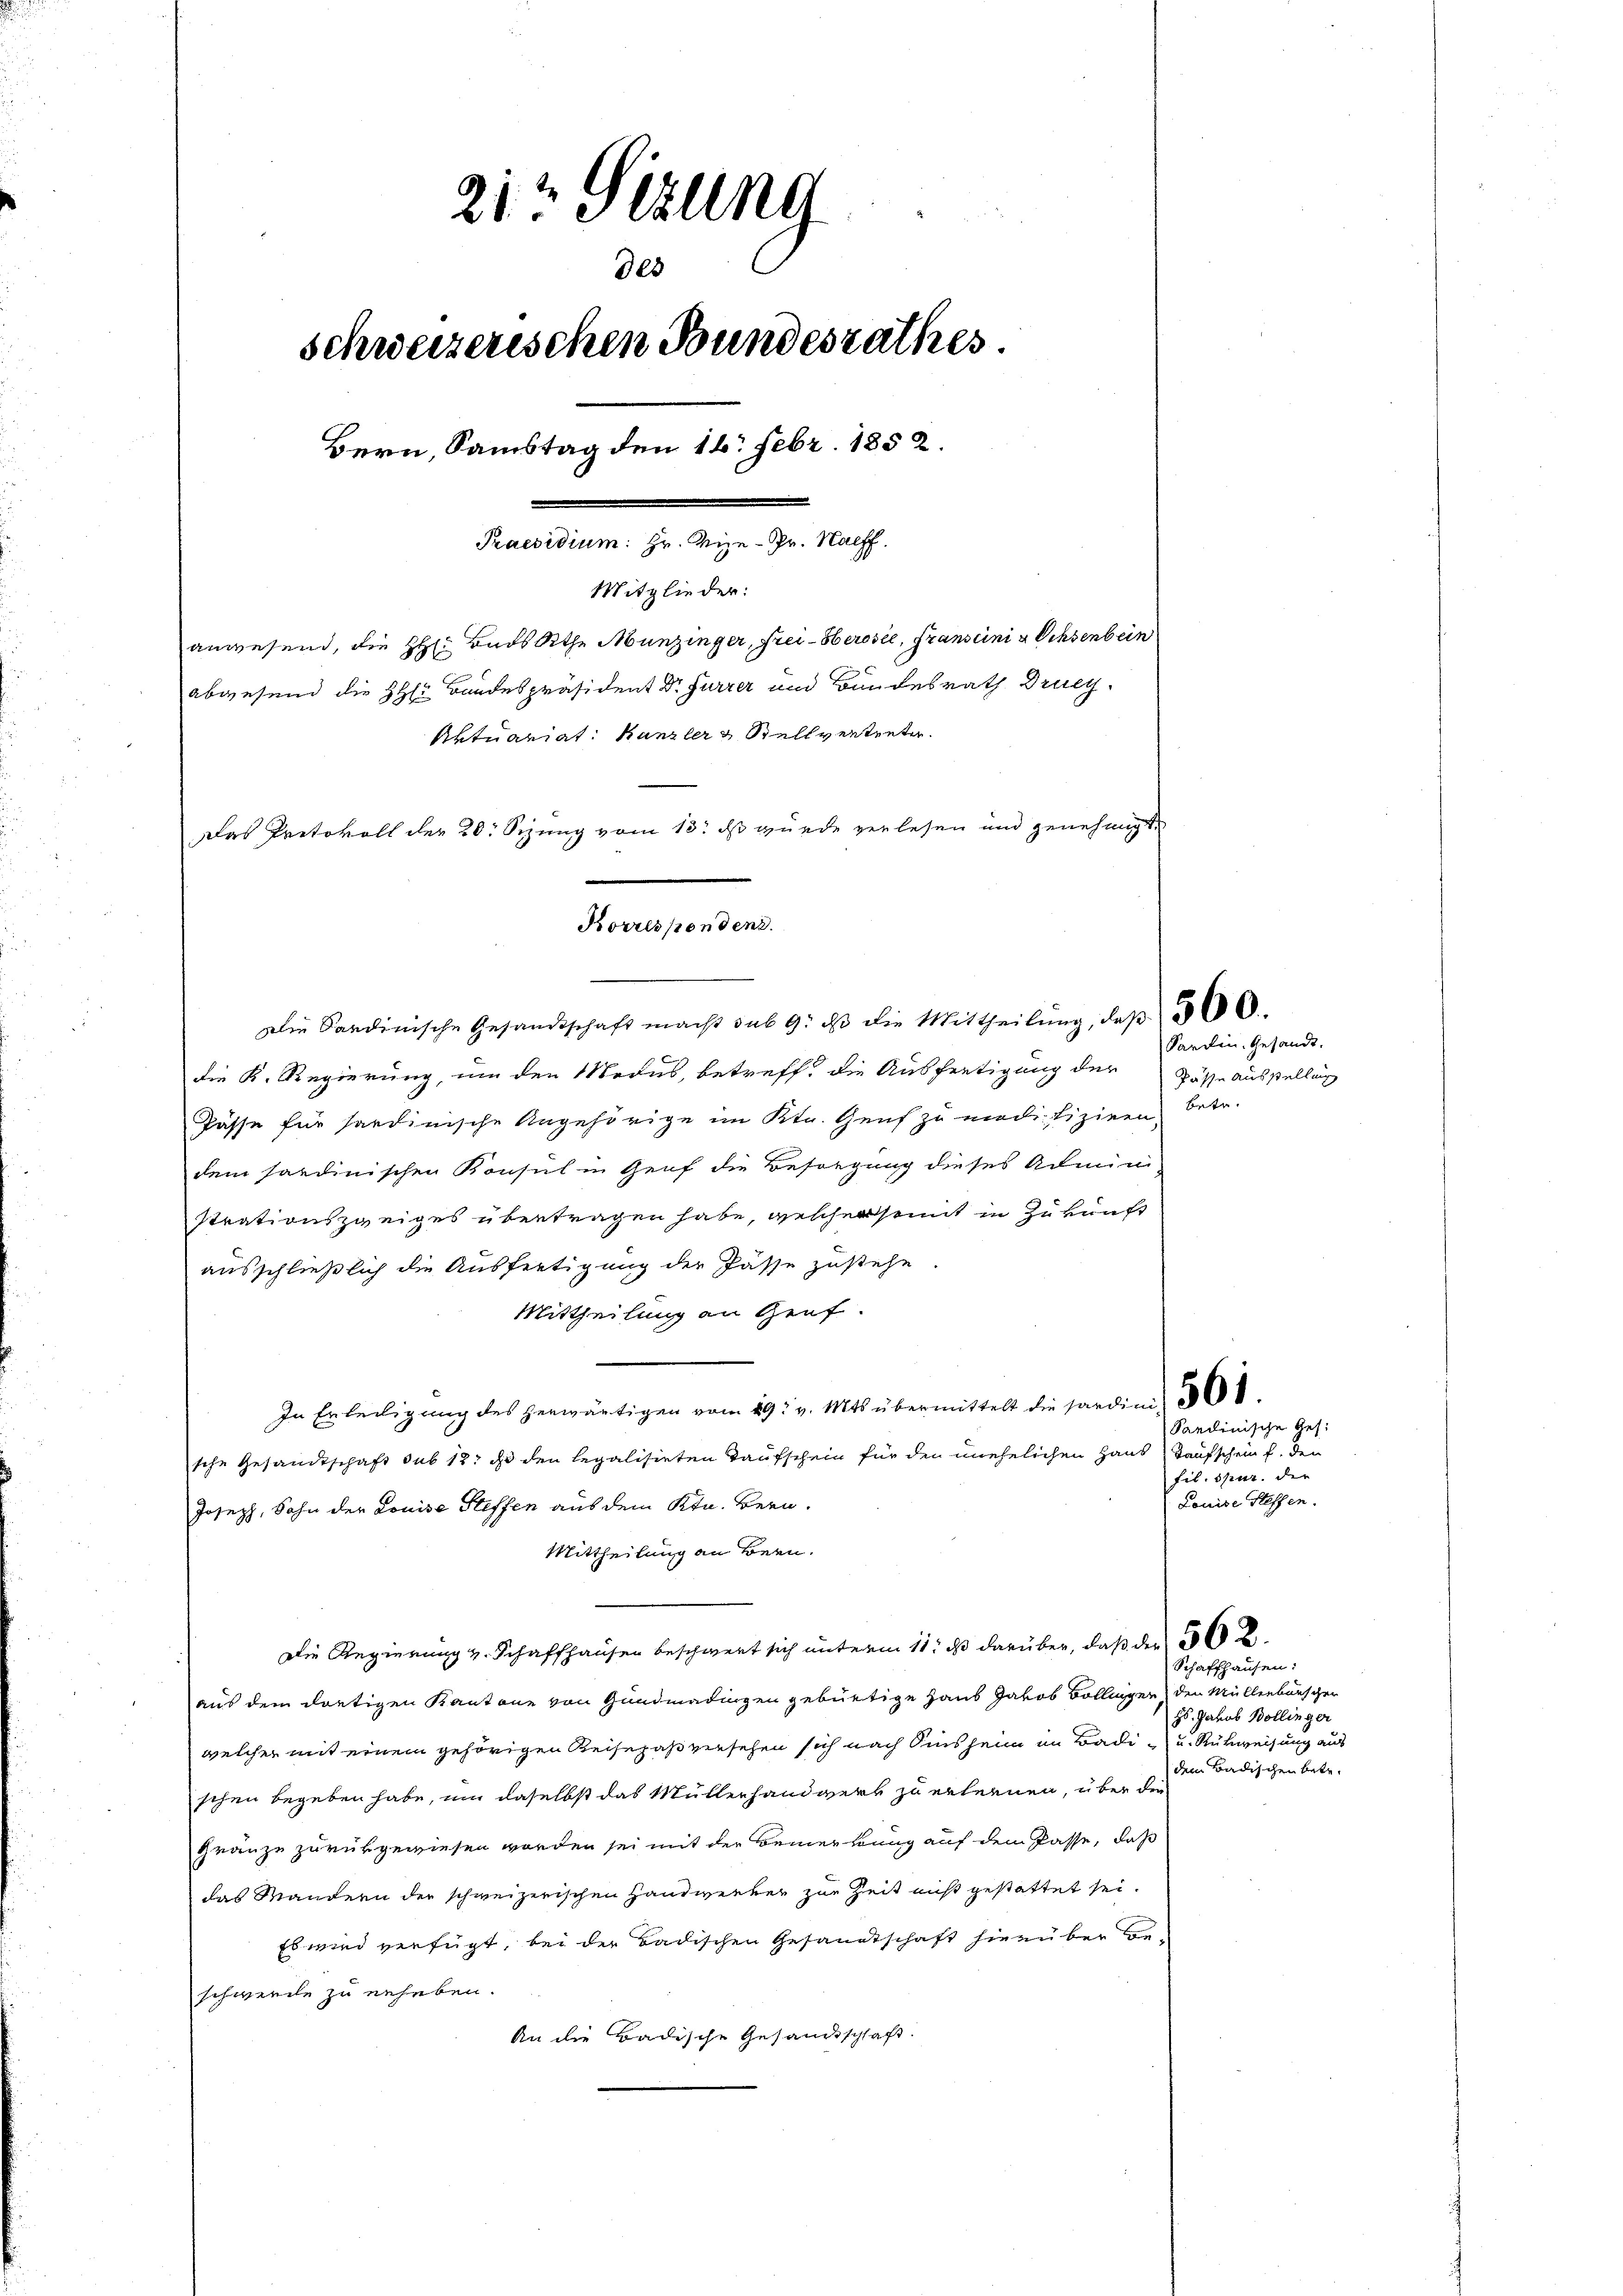
212 Sezung
des
schweizerischen Bundesrathes.
Bern, Samstag den 16. Febr. 1852.
Praesidium: Hr. Vize-Pr. Nachf
Mitglieder:
anwesend, die HH. Bads Athe Munzinger, Frei-Herosel, Franscini u Ochsenbein
abwesend die HHerr Bandespräsident Dr Furrer und Bundesrath Druc
Aktuariat: Kanzler & Stellvertreter.
Das Protokoll der 20. Sizung vom 13. ds wurde verlesen und genehmigt.

Korrespondenz.
Die Sardinische Gesandtschaft macht sub 9. dβ die Mittheilŭng, daβ 506.

die K. Regierung, um den Modus, betreff, die Ausfertigung der
Pässe für sardinische Angehörige im Ktn. Genf zu modifiziren, betr.
dem sardinischen Konsul in Genf die Besorgung dieses Admini-
strationszweiges übertragen habe, welcher sont in Zukunft
ausschließlich die Ausfertigung der Pässe zustehe.
Mittheilung an Graf.
In Erledigung des herwärtigen vom 29. v. Mts übermittelt die Sardini, 501.
sche Gesandtschaft sub 12 do den legalisirten Taufschein für den unehelichen Haus Taufschein f. den
Joseph, Sohn der Louise Steffen aus dem Ktn. Bern.
Mittheilung an Bern.
Die Regierung v. Schaffhausen beschwert sich unterm 11. ds darüber, daß die
aus dem dortigen Kantone von Gundmadingen gebürtige Haus Jakob Bollingen den Müllenburscher
welcher mit einem gehörigen Reisepaß versehen sich nach diens heim im Badi - u. Rückweisung aus
schen begeben habe, um daselbst das Müllerhandwerk zu erlernen, über die
Gränze zurükgewiesen worden sei mit der Bemerkung auf dem Pässe, daß
das Mandern der schweizerischen Handwerker zur Zeit nicht gestattet sei.
Es wird verfügt, bei der Badischen Gesandtschaft hierüber beschwerde zu erheben.
An die Badische Gesandtschaft.

Pässe Ausstellung

Sardin. Gesandt.

Sardinische Ges.
fil. Spur. der
Louise Hessen.

Schaffhausen:
Hs. Jakob Bollinger
dem Badischen betr.